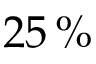
2 5 \, \%